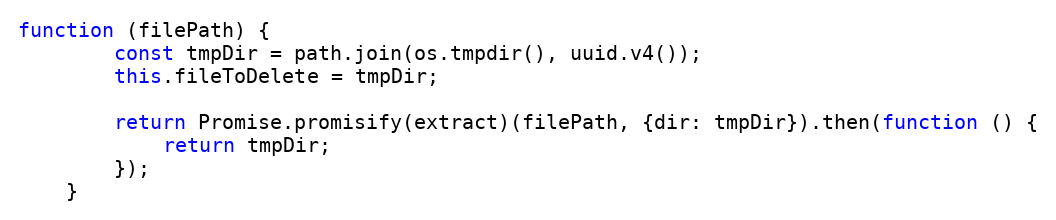
Language: JavaScript
function (filePath) {
        const tmpDir = path.join(os.tmpdir(), uuid.v4());
        this.fileToDelete = tmpDir;

        return Promise.promisify(extract)(filePath, {dir: tmpDir}).then(function () {
            return tmpDir;
        });
    }